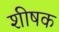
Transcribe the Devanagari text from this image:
शीषक